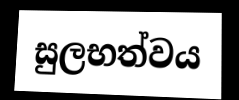
සුලභත්වය